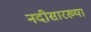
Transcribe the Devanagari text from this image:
नदीसारख्या